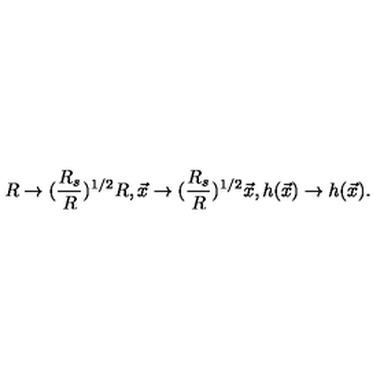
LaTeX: R \rightarrow ( { \frac { R _ { s } } { R } } ) ^ { 1 / 2 } R , \vec { x } \rightarrow ( { \frac { R _ { s } } { R } } ) ^ { 1 / 2 } \vec { x } , h ( \vec { x } ) \rightarrow h ( \vec { x } ) .